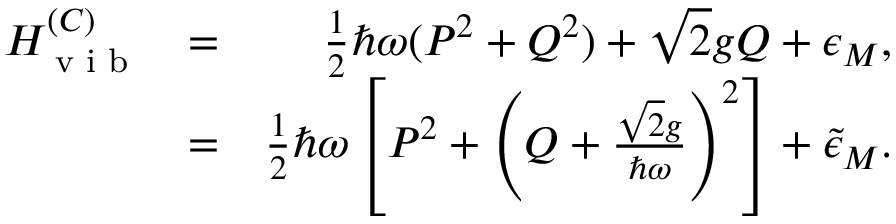
\begin{array} { r l r } { H _ { \textrm { v i b } } ^ { ( C ) } } & { = } & { \frac { 1 } { 2 } \hbar \omega ( P ^ { 2 } + Q ^ { 2 } ) + \sqrt { 2 } g Q + \epsilon _ { M } , } \\ & { = } & { \frac { 1 } { 2 } \hbar \omega \left[ P ^ { 2 } + \left( Q + \frac { \sqrt { 2 } g } { \hbar \omega } \right) ^ { 2 } \right] + \tilde { \epsilon } _ { M } . } \end{array}